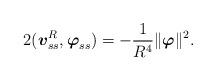
LaTeX: \begin{align*}2(\mbox{\mathversion{bold}$v$}^{R}_{ss},\mbox{\mathversion{bold}$\varphi$}_{ss})=-\frac{1}{R^{4}}\|\mbox{\mathversion{bold}$\varphi$}\|^{2}.\end{align*}